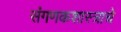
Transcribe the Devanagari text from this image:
संगणकशास्त्राचे